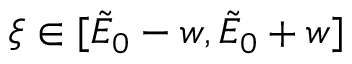
\xi \in [ \tilde { E } _ { 0 } - w , \tilde { E } _ { 0 } + w ]